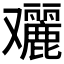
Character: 𠮔